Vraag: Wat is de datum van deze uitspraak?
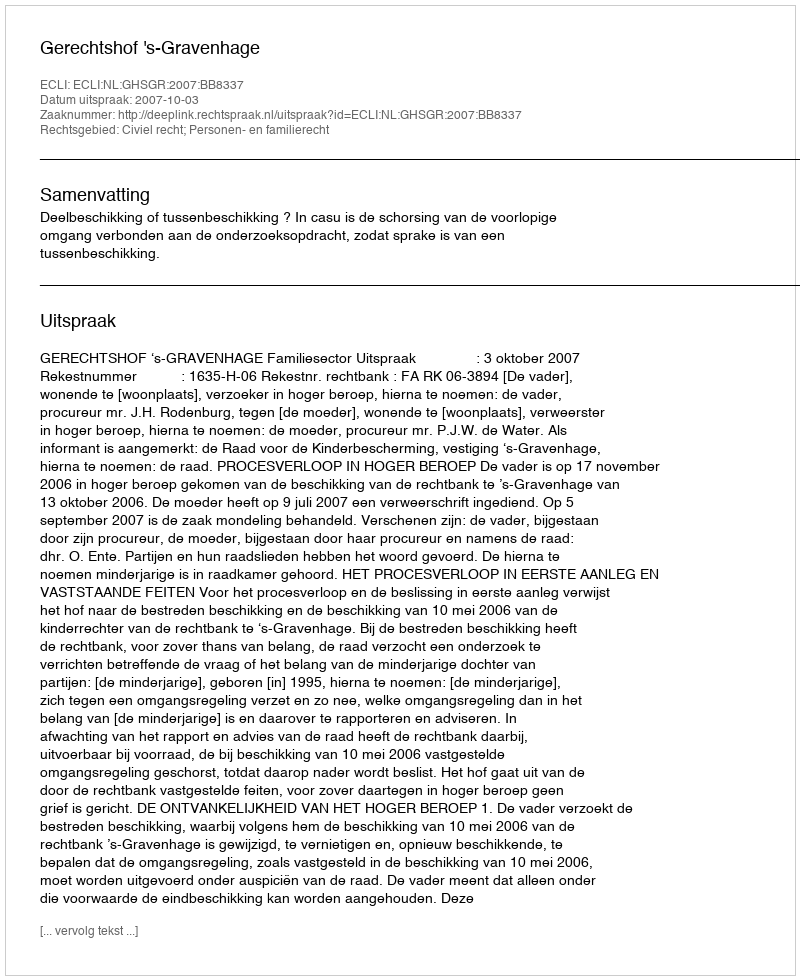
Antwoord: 2007-10-03